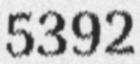
5392